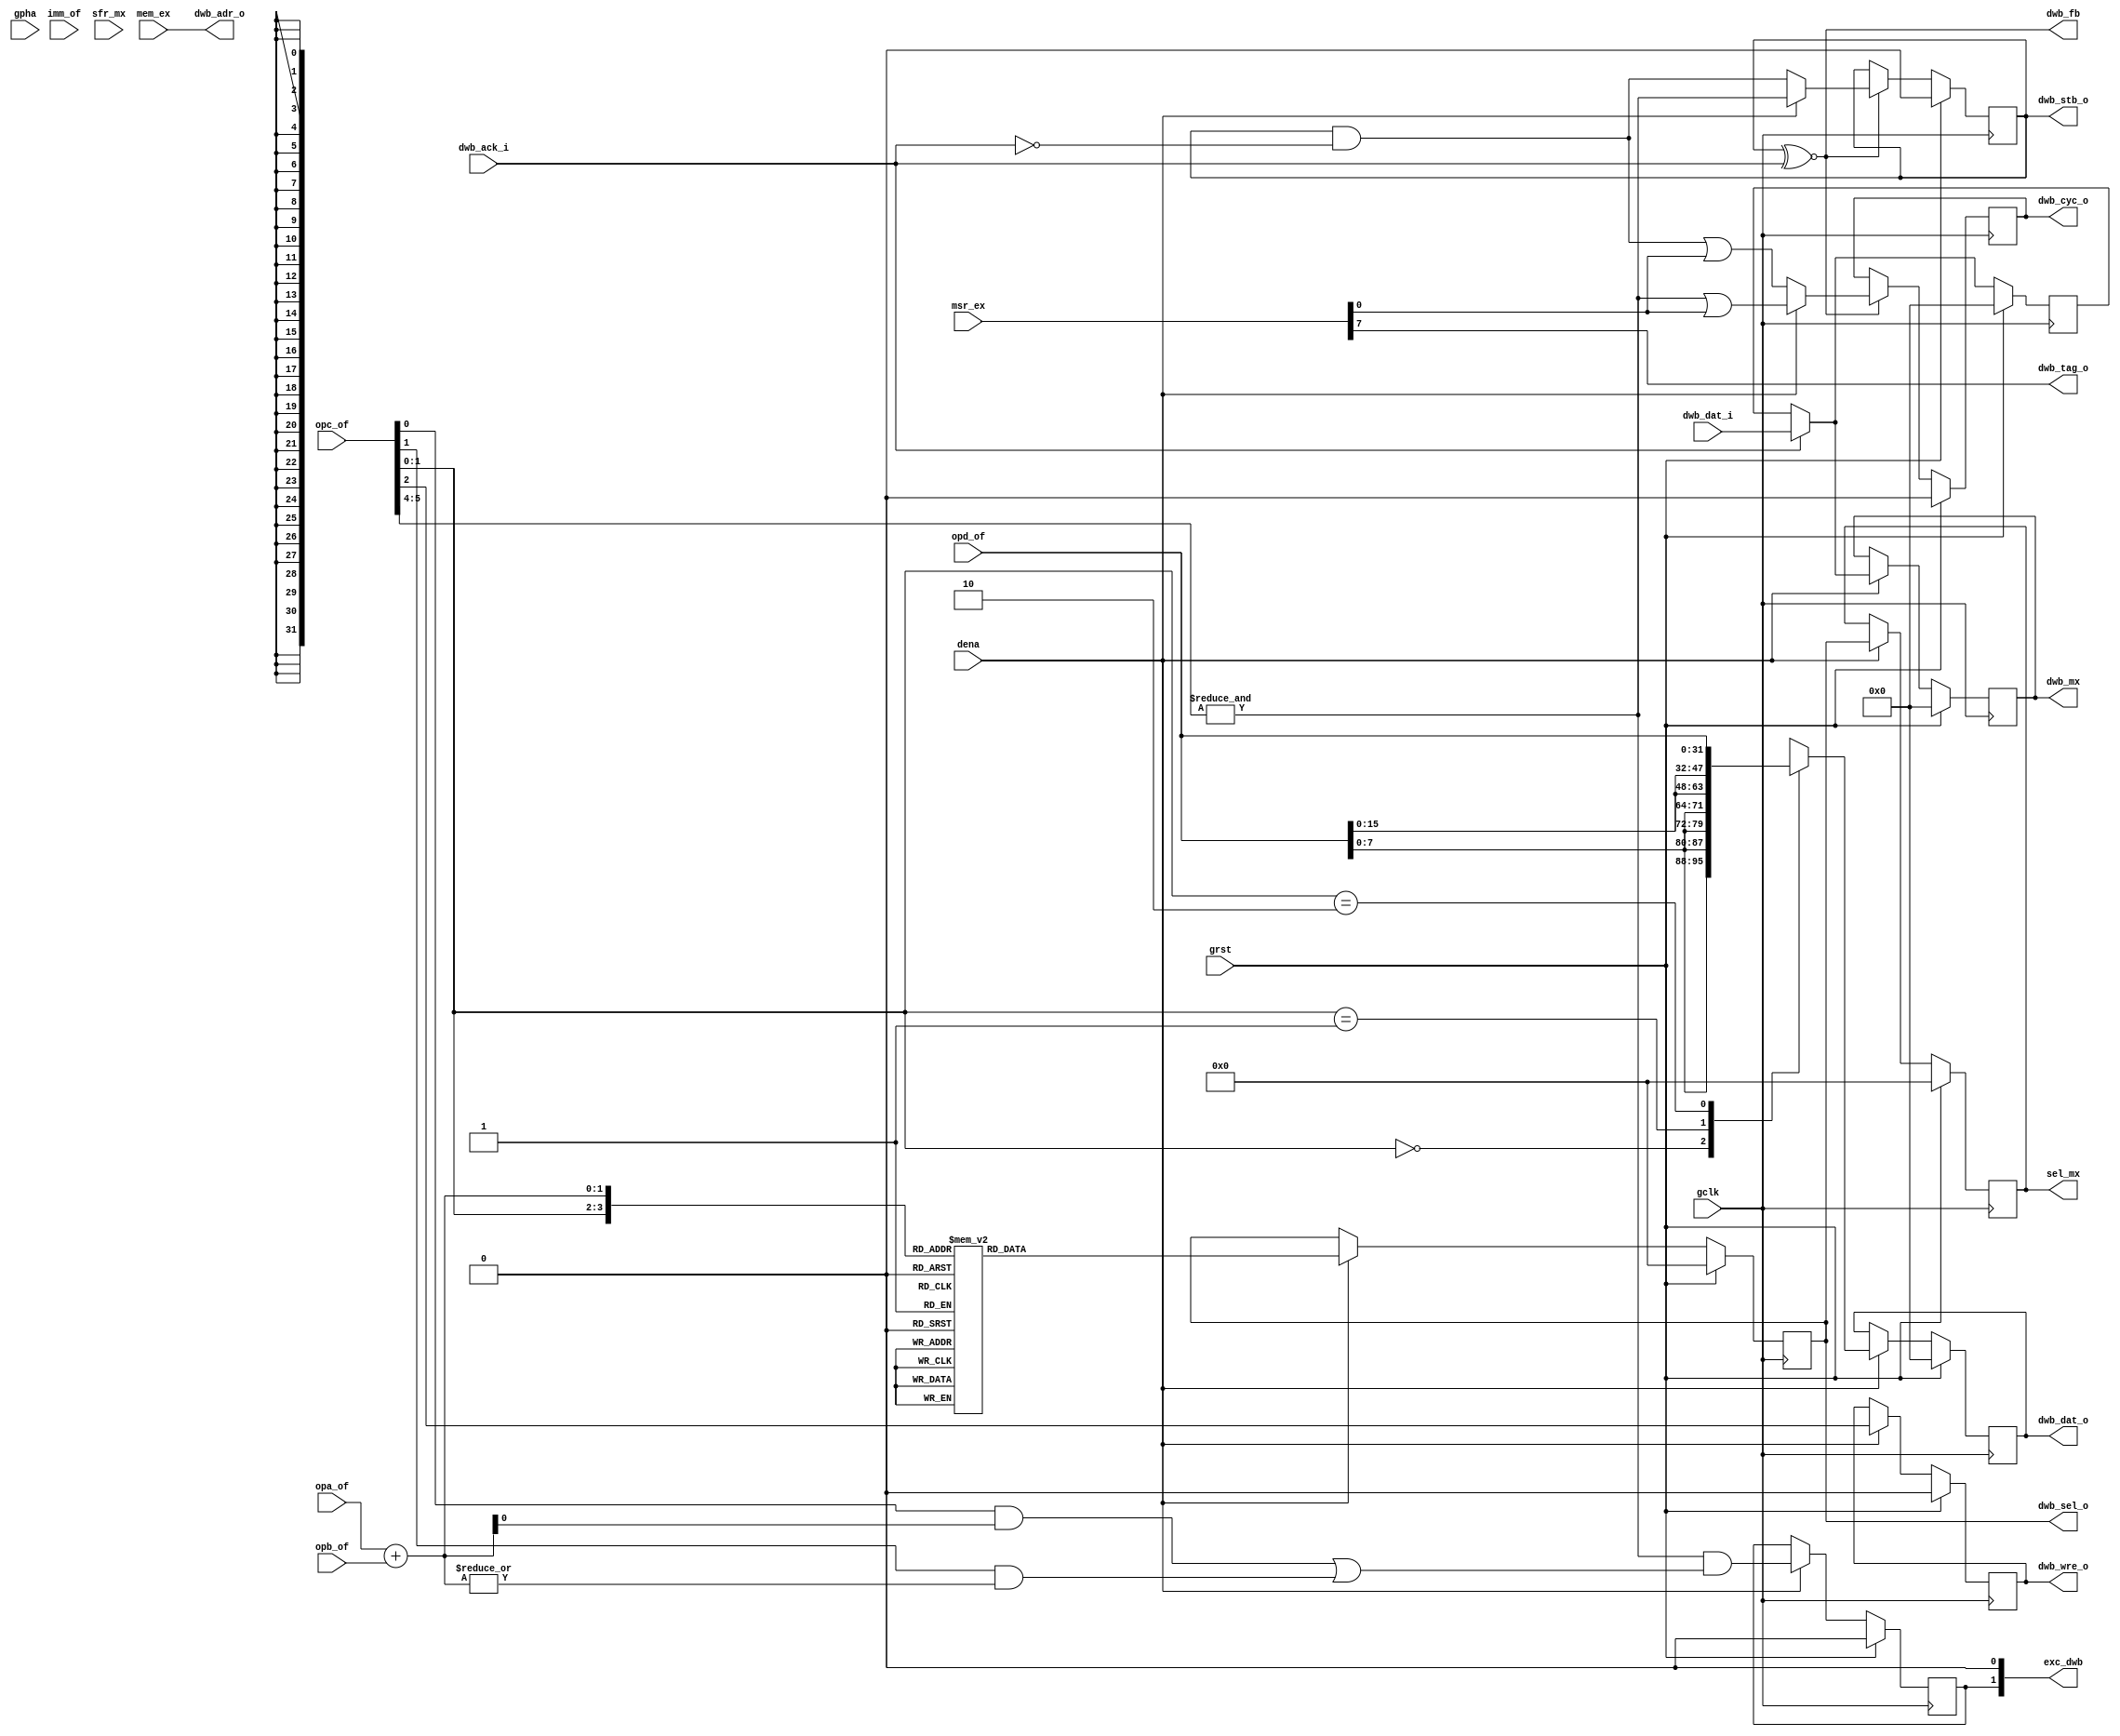
/* $Id: aeMB2_dwbif.v,v 1.7 2008-04-27 16:41:55 sybreon Exp $
**
** AEMB2 EDK 6.2 COMPATIBLE CORE
** Copyright (C) 2004-2008 Shawn Tan <shawn.tan@aeste.net>
**  
** This file is part of AEMB.
**
** AEMB is free software: you can redistribute it and/or modify it
** under the terms of the GNU Lesser General Public License as
** published by the Free Software Foundation, either version 3 of the
** License, or (at your option) any later version.
**
** AEMB is distributed in the hope that it will be useful, but WITHOUT
** ANY WARRANTY; without even the implied warranty of MERCHANTABILITY
** or FITNESS FOR A PARTICULAR PURPOSE.  See the GNU Lesser General
** Public License for more details.
**
** You should have received a copy of the GNU Lesser General Public
** License along with AEMB. If not, see <http:**www.gnu.org/licenses/>.
*/
/**
 * Data Wishbone Interface
 * @file aeMB2_dwbif.v
  
 * This sets up the Wishbone control signals for the DATA bus
   interfaces. Bus transactions are independent of the pipeline.
 
 */

module aeMB2_dwbif (/*AUTOARG*/
   // Outputs
   dwb_adr_o, dwb_sel_o, dwb_stb_o, dwb_cyc_o, dwb_tag_o, dwb_wre_o,
   dwb_dat_o, dwb_fb, sel_mx, dwb_mx, exc_dwb,
   // Inputs
   dwb_dat_i, dwb_ack_i, imm_of, opd_of, opc_of, opa_of, opb_of,
   msr_ex, mem_ex, sfr_mx, gclk, grst, dena, gpha
   );
   parameter AEMB_DWB = 32; ///< data bus address width   

   // DWB control signals
   output [AEMB_DWB-1:2] dwb_adr_o;   
   output [3:0] 	 dwb_sel_o;   
   output 		 dwb_stb_o,
			 dwb_cyc_o,
			 dwb_tag_o, // cache enable
			 dwb_wre_o;   
   output [31:0] 	 dwb_dat_o;   
   input [31:0] 	 dwb_dat_i; 		 
   input 		 dwb_ack_i;
   //input 		 dwb_err_i; // for bus error exception
   
   // INTERNAL
   output 		 dwb_fb;
   output [3:0] 	 sel_mx;   
   output [31:0] 	 dwb_mx;   
   input [15:0] 	 imm_of;
   input [31:0] 	 opd_of;   
   input [5:0] 		 opc_of;    
   input [1:0] 		 opa_of;
   input [1:0] 		 opb_of;
   input [7:0] 		 msr_ex;   
   input [AEMB_DWB-1:2]  mem_ex;
   input [7:5] 		 sfr_mx;   
   
   // EXC signals
   output [1:0] 	 exc_dwb; // 1: unaligned; 0: bus error
      
   // SYS signals
   input 		 gclk,
			 grst,
			 dena,
			 gpha;   
   
   /*AUTOREG*/
   // Beginning of automatic regs (for this module's undeclared outputs)
   reg			dwb_cyc_o;
   reg [31:0]		dwb_dat_o;
   reg [31:0]		dwb_mx;
   reg [3:0]		dwb_sel_o;
   reg			dwb_stb_o;
   reg			dwb_wre_o;
   reg [3:0]		sel_mx;
   // End of automatics
   reg 			dwb_exc;
      
   wire [1:0] 		wOFF = (opa_of[1:0] + opb_of[1:0]); // small adder   
   wire [3:0] 		wSEL = {opc_of[1:0], wOFF}; // byte selector info
   
   assign 		dwb_fb = (dwb_stb_o ~^ dwb_ack_i); // feedback
   assign 		dwb_adr_o = mem_ex; // data-bus passthru

   // TODO: enable dwb_err_i exception pass-thru
   assign               exc_dwb = {dwb_exc, 1'b0};
   
   // STORE SIZER
   // TODO: Move the right words to the right place
   // TODO: Make this work with dwb_mx to for partial word loads.
   
   reg [31:0] 		dwb_lat;   
   reg [31:0] 		opd_ex;
   
   always @(posedge gclk)
     if (grst) begin
	/*AUTORESET*/
	// Beginning of autoreset for uninitialized flops
	dwb_dat_o <= 32'h0;
	// End of automatics
     end else if (dena) begin
	//opd_ex <= #1 opd_of;	
	case (opc_of[1:0])
	  2'o0: dwb_dat_o <= #1 {(4){opd_of[7:0]}};
	  2'o1: dwb_dat_o <= #1 {(2){opd_of[15:0]}};
	  2'o2: dwb_dat_o <= #1 opd_of;
	  default: dwb_dat_o <= #1 32'hX;
	endcase // case (opc_of[1:0])
     end

   // WISHBONE PIPELINE
   always @(posedge gclk)
     if (grst) begin
	/*AUTORESET*/
	// Beginning of autoreset for uninitialized flops
	dwb_exc <= 1'h0;
	dwb_mx <= 32'h0;
	dwb_sel_o <= 4'h0;
	dwb_wre_o <= 1'h0;
	sel_mx <= 4'h0;
	// End of automatics
     end else if (dena) begin
	sel_mx <= #1 dwb_sel_o; // FIXME: do away with this! Combine
				// dwb_dat_o & dwb_mx. dwb_dat_o can
				// hold the existing RD value and have
				// dwb_mx latch the correct bytes
				// depending on dwb_sel_o.
	
	dwb_wre_o <= #1 opc_of[2]; // SXX
	
	dwb_mx <= #1 
		  (dwb_ack_i) ? 
		  dwb_dat_i : // stalled from RAM
		  dwb_lat; // latch earlier data

	case (wSEL) // Latch output
	  // 32'bit
	  4'h8: dwb_sel_o <= #1 4'hF;
	  // 16'bit
	  4'h4: dwb_sel_o <= #1 4'hC;
	  4'h6: dwb_sel_o <= #1 4'h3;
	  // 8'bit
	  4'h0: dwb_sel_o <= #1 4'h8;
	  4'h1: dwb_sel_o <= #1 4'h4;
	  4'h2: dwb_sel_o <= #1 4'h2;
	  4'h3: dwb_sel_o <= #1 4'h1;	
	  // XSL bus
	  4'hC, 4'hD, 4'hE, 4'hF: 
	    dwb_sel_o <= #1 4'h0;
	  // TODO: ILLEGAL
	  default: dwb_sel_o <= #1 4'hX;
	endcase // case (wSEL)

	// exception checking
	dwb_exc <= #1 &opc_of[5:4] & // only for LD/ST commands
		   ((opc_of[0] & wOFF[0]) | // misaligned 16-bit
		    (opc_of[1] & |wOFF[1:0]) // misaligned 32-bit
		    );
	/*
	case (opc_of[1:0])
	  2'o2: dwb_exc <= #1 |wOFF[1:0] & &opc_of[5:4];
	  2'o1: dwb_exc <= #1 wOFF[0] & &opc_of[5:4];
	  default: dwb_exc <= #1 1'b0;	  
	endcase // case (opc_of[1:0])
	*/
	
		   
     end // if (dena)

   // Independent of pipeline
   
   always @(posedge gclk)
     if (grst) begin
	/*AUTORESET*/
	// Beginning of autoreset for uninitialized flops
	dwb_lat <= 32'h0;
	// End of automatics
     end else if (dwb_ack_i) begin // if (grst)
	// LATCH READS
	dwb_lat <= #1 dwb_dat_i;	
     end
      
   always @(posedge gclk)
     if (grst) begin
	/*AUTORESET*/
	// Beginning of autoreset for uninitialized flops
	dwb_cyc_o <= 1'h0;
	dwb_stb_o <= 1'h0;
	// End of automatics
     //end else if (dwb_fb) begin
     end else if (dwb_fb) begin // if (grst)
	dwb_stb_o <= #1
		     (dena) ? &opc_of[5:4] : // LXX/SSS
		     (dwb_stb_o & !dwb_ack_i); // LXX/SSS
	dwb_cyc_o <= #1 
		     (dena) ? &opc_of[5:4] | msr_ex[0] :
		     (dwb_stb_o & !dwb_ack_i) | msr_ex[0];	
     end

   assign dwb_tag_o = msr_ex[7]; // MSR_DCE	
   
endmodule // unmatched end(function|task|module|primitive|interface|package|class|clocking)